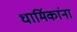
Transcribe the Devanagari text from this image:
धार्मिकांना